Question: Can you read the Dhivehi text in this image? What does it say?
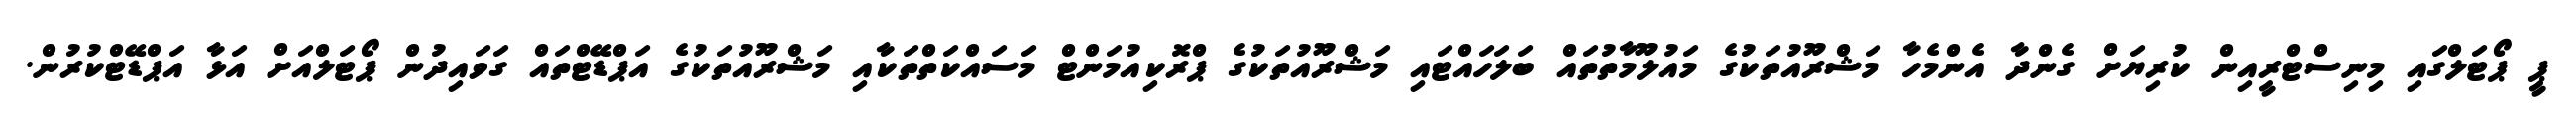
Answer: ޕީ ޕޯޓަލްގައި މިނިސްޓްރީއިން ކުރިޔަށް ގެންދާ އެންމެހާ މަޝްރޫއުތަކުގެ މައުލޫމާތުތައް ބަލަހައްޓައި މަޝްރޫއުތަކުގެ ޕްރޮކިއުމަންޓް މަސައްކަތްތަކާއި މަޝްރޫއުތަކުގެ އަޕްޑޭޓްތައް ގަވައިދުން ޕޯޓަލްއަށް އަޅާ އަޕްޑޭޓްކުރުން.